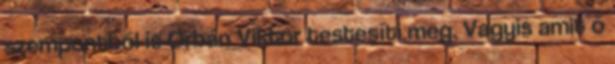
szempontból is Orbán Viktor testesíti meg. Vagyis amit ő